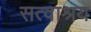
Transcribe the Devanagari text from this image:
सत्वाश्रय